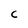
Character: C